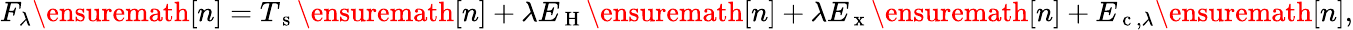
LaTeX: F_{\lambda}\ensuremath{[n]}=T_{\mathrm{~s~}}\ensuremath{[n]}+\lambda E_{\mathrm{~H~}}\ensuremath{[n]}+\lambda E_{\mathrm{~x~}}\ensuremath{[n]}+E_{\mathrm{~c~},\lambda}\ensuremath{[n]},